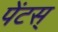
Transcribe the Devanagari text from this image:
पेंटस्